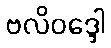
ဗလိဝဒ္ဒေါ